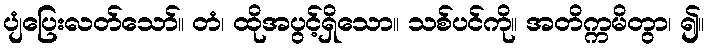
ပျံပြေးလတ်သော်။ တံ၊ ထိုအပွင့်ရှိသော။ သစ်ပင်ကို။ အတိက္ကမိတွာ၊ ၍။